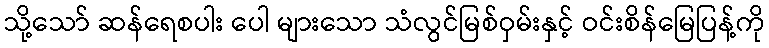
သို့သော် ဆန်ရေစပါး ပေါ များသော သံလွင်မြစ်ဝှမ်းနှင့် ဝင်းစိန်မြေပြန့်ကို